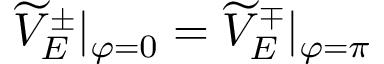
\widetilde { V } _ { E } ^ { \pm } | _ { \varphi = 0 } = \widetilde { V } _ { E } ^ { \mp } | _ { \varphi = \pi }